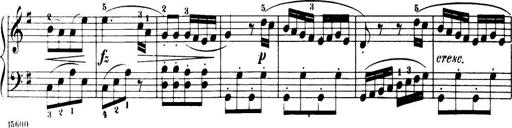
Title: 32 Sonatinas and Rondos for the Piano
Composer: Richard Kleinmichel